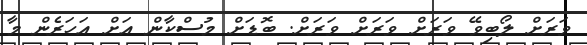
ވަރަށް ލޯބިވޭ ވަރަށް ވަރަށް ވަރަށް. ބޮޑަށް މުސްކާން އަށް އަހަރެން މާ